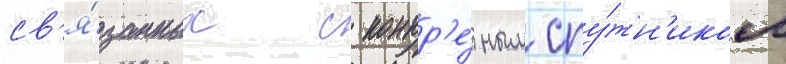
св'я́занных с конкр'е́тным спу́тн'иком